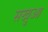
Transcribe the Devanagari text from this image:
सखुआ